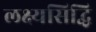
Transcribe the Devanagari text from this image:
लक्ष्यसिद्धि